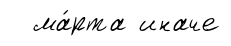
ма́рта иначе